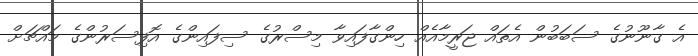
އެ ގާނޫނުގެ ސަބަބުން އެތައް ޖަރީމާއެއް ހިންގާފައިވާ މިސްރުގެ ސިފައިންގެ އޮފިސަރުންގެ މައްޗަށް